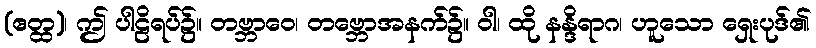
(ဧတ္ထ)၊ ဤ ပါဠိရပ်၌။ တဗ္ဘာဝေ၊ တဗ္ဘောအနက်၌။ ဝါ၊ ထို နန္ဒိရာဂ၊ ဟူသော ရှေးပုဒ်၏